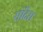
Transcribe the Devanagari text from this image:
सोंदेस